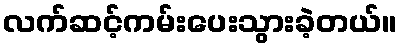
လက်ဆင့်ကမ်းပေးသွားခဲ့တယ်။